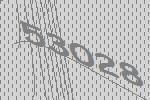
53028